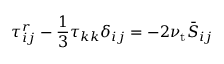
\tau _ { i j } ^ { r } - { \frac { 1 } { 3 } } \tau _ { k k } \delta _ { i j } = - 2 \nu _ { \mathrm { t } } { \bar { S } } _ { i j }